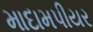
માદામપીયર